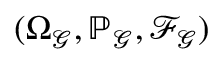
( \Omega _ { \mathcal { G } } , \mathbb { P } _ { \mathcal { G } } , \mathcal { F } _ { \mathcal { G } } )